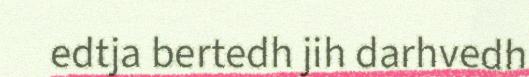
edtja bertedh jih darhvedh